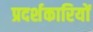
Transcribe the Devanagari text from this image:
प्रदर्शकारियों